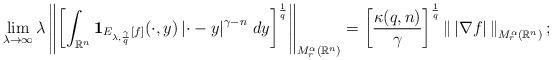
LaTeX: \begin{align*}&\lim_{\lambda\to\infty}\lambda\left\|\left[\int_{\mathbb{R}^n}\mathbf{1}_{E_{\lambda,\frac{\gamma}{q}}[f]}(\cdot,y)\left|\cdot-y\right|^{\gamma-n}\,dy\right]^\frac{1}{q}\right\|_{M_r^\alpha(\mathbb{R}^n)}=\left[\frac{\kappa(q,n)}{\gamma}\right]^\frac{1}{q}\left\|\,\left|\nabla f\right|\,\right\|_{M_r^\alpha(\mathbb{R}^n)};\end{align*}